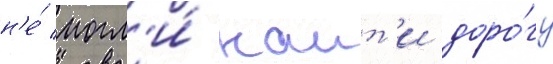
н'е́ могл'и́ наит'и доро́гу